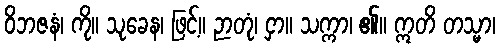
ဝိဘဇနံ၊ ကို။ သုခေန၊ ဖြင့်။ ဉာတုံ၊ ငှာ။ သက္ကာ၊ ၏။ ဣတိ တသ္မာ၊